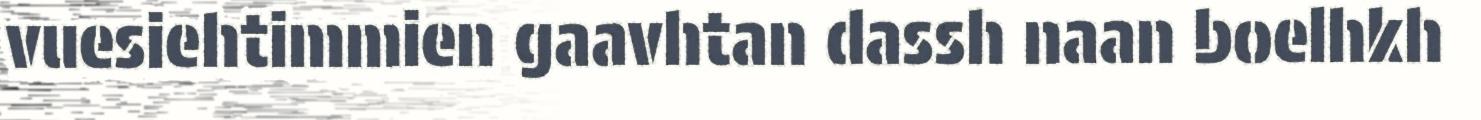
vuesiehtimmien gaavhtan dassh naan boelhkh